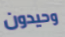
وحيدون